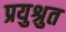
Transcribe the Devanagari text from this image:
प्रयुश्रुत